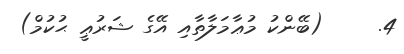
4.     (ބޭންކު މުޢާމަލާތާއި އޭގެ ޝަރުޢީ ޙުކުމް)